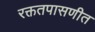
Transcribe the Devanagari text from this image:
रक्ततपासणीत